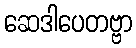
ဆေဒါပေတဗ္ဗာ